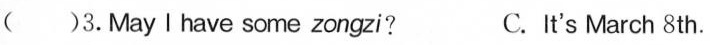
( )3.May I have some zongzi? C. It's March 8th.